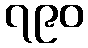
၇၉၀